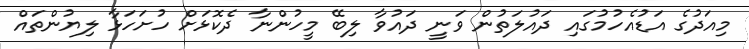
މިއަދުގެ އަޑުއެހުމުގައި ދައުލަތުން ވަނީ ދައުވާ ލިބޭ މީހުންނާ ދެކޮޅަށް ހުށަހަޅާ ލިޔުންތައް